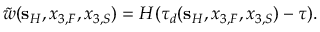
\tilde { w } ( { \bf s } _ { H } , x _ { 3 , F } , x _ { 3 , S } ) = H ( \tau _ { d } ( { \bf s } _ { H } , x _ { 3 , F } , x _ { 3 , S } ) - \tau ) .